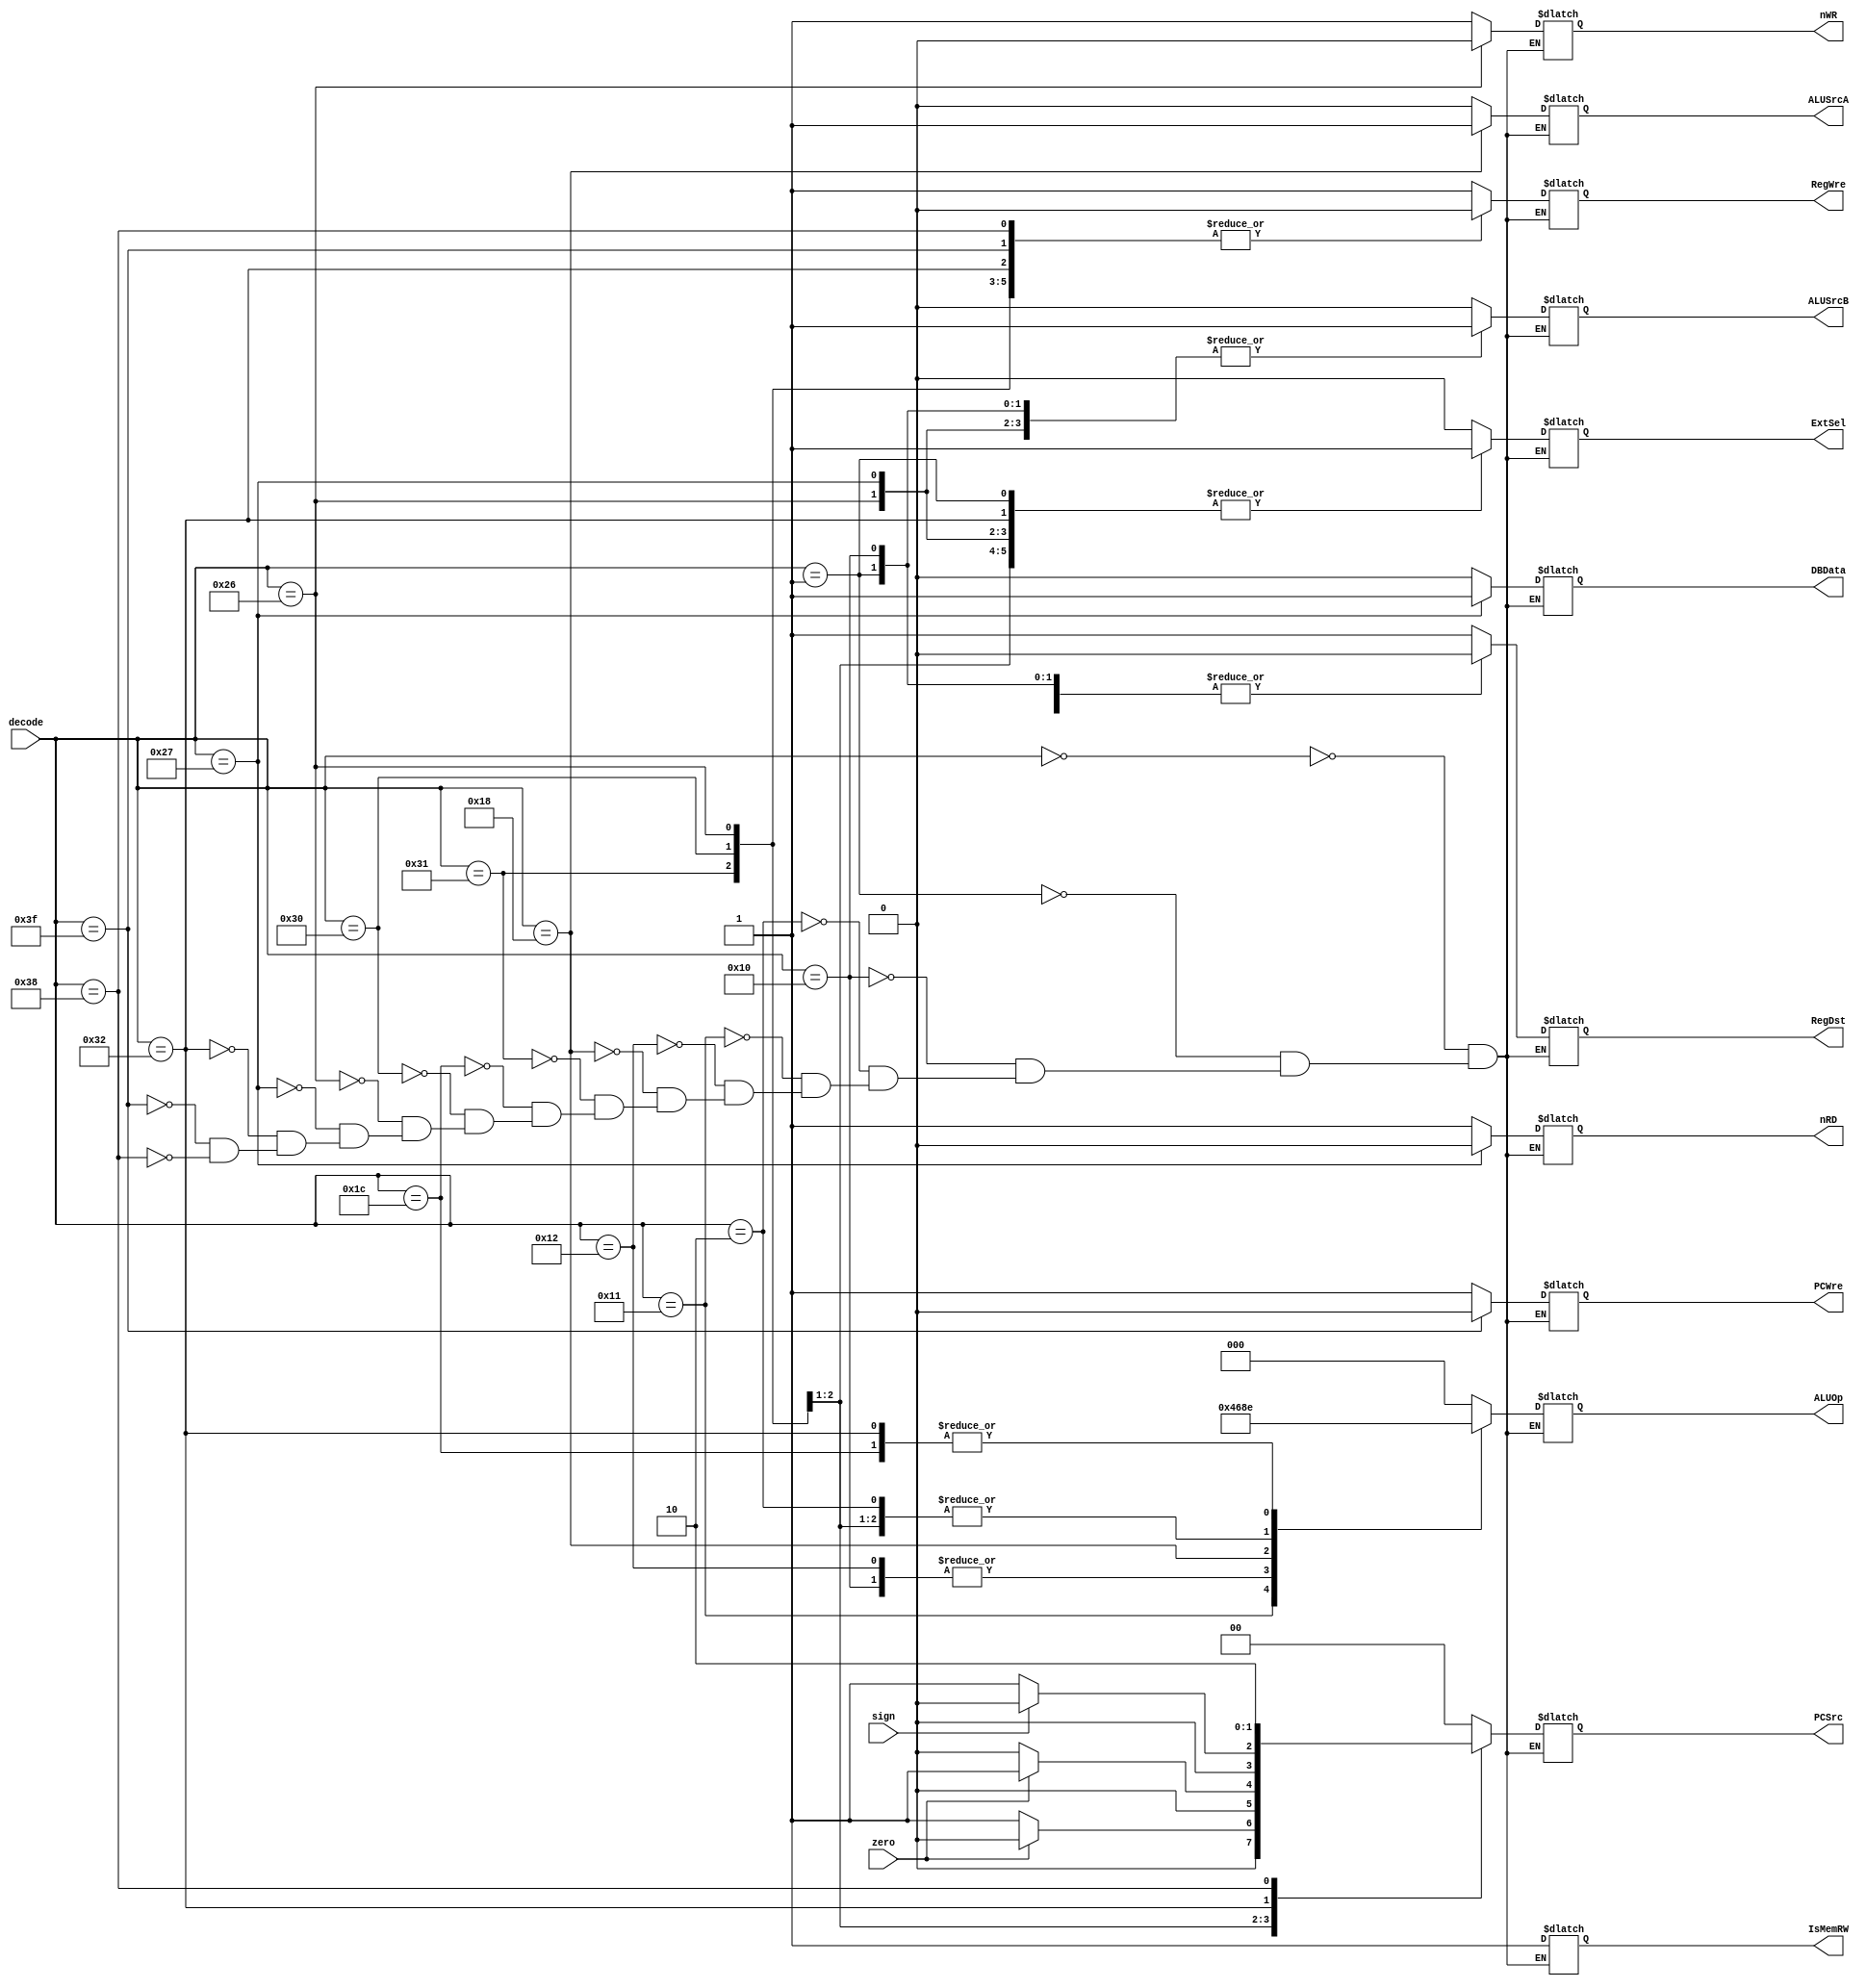
`timescale 1ns / 1ps
//////////////////////////////////////////////////////////////////////////////////
// Company: 
// Engineer: 
// 
// Design Name: 
// Module Name: control_unit
// Project Name: 
// Target Devices: 
// Tool Versions: 
// Description: 
// 
// Dependencies: 
// 
// Revision:
// Revision 0.01 - File Created
// Additional Comments:
// 
//////////////////////////////////////////////////////////////////////////////////


module control_unit(decode, zero,sign ,PCWre,ALUSrcA,ALUSrcB,RegWre,RegDst,IsMemRW,ExtSel,ALUOp,PCSrc,nRD,nWR,DBData );
input [5:0] decode;
input zero;
input sign;
output reg PCWre;
output reg ALUSrcA;
output reg ALUSrcB;
output reg RegWre;
output reg RegDst;
output reg IsMemRW;
output reg ExtSel;
output reg [2:0] ALUOp;
output reg [1:0] PCSrc;
output reg nRD;
output reg nWR;
output reg DBData;

  initial   begin
        PCWre = 1;
        IsMemRW = 1;
        RegDst = 1;
        ALUSrcA = 0;
        ALUSrcB = 0;
        RegWre = 0;
        ExtSel = 0;
        ALUOp = 'b000;
        PCSrc = 'b00;
        nRD = 0;
        nWR = 0;
        DBData = 0;
  end

always@(decode or zero or sign) begin // bugzero
       case( decode ) 
        6'b000000:
        begin   //
          PCWre = 1;
          ALUSrcA = 0;
          ALUSrcB = 0;
          RegWre = 1;
          RegDst = 1;
          IsMemRW = 1;
          ExtSel = 0;
          ALUOp = 000;
          PCSrc = 00;
          nRD = 1;
          nWR = 1;
          DBData = 0;
        end
        6'b000001:
        begin   //
          PCWre = 1;
          ALUSrcA = 0;
          ALUSrcB = 1;
          RegWre = 1;
          RegDst = 0;
          IsMemRW = 1;
          ExtSel = 1;
          ALUOp = 000;
          PCSrc = 00;
          nRD = 1;
          nWR = 1;
          DBData = 0;
        end
        6'b010000:
        begin   //
          PCWre = 1;
          ALUSrcA = 0;
          ALUSrcB = 1;
          RegWre = 1;
          RegDst = 0;
          IsMemRW = 1;
          ExtSel = 0;
          ALUOp = 011;
          PCSrc = 00;
          nRD = 1;
          nWR = 1;
          DBData = 0;
        end
        6'b000010:
        begin   //
          PCWre = 1;
          ALUSrcA = 0;
          ALUSrcB = 0;
          RegWre = 1;
          RegDst = 1;
          IsMemRW = 1;
          ExtSel = 0;
          ALUOp = 001;
          PCSrc = 00;
          nRD = 1;
          nWR = 1;
          DBData = 0;
        end
        6'b010001:
        begin   //
          PCWre = 1;
          ALUSrcA = 0;
          ALUSrcB = 0;
          RegWre = 1;
          RegDst = 1;
          IsMemRW = 1;
          ExtSel = 0;
          ALUOp = 100;
          PCSrc = 00;
          nRD = 1;
          nWR = 1;
          DBData = 0;
        end
        6'b010010:
        begin   //
          PCWre = 1;
          ALUSrcA = 0;
          ALUSrcB = 0;
          RegWre = 1;
          RegDst = 1;
          IsMemRW = 1;
          ExtSel = 0;
          ALUOp = 011;
          PCSrc = 00;
          nRD = 1;
          nWR = 1;
          DBData = 0;
        end
        6'b011000:
        begin   //
          PCWre = 1;
          ALUSrcA = 1;
          ALUSrcB = 0;
          RegWre = 1;
          RegDst = 1;
          IsMemRW = 1;
          ExtSel = 0;
          ALUOp = 010;
          PCSrc = 00;
          nRD = 1;
          nWR = 1;
          DBData = 0;
        end
        6'b110001:
        begin   //
          PCWre = 1;
          ALUSrcA = 0;
          ALUSrcB = 0;
          RegWre = 0;
          RegDst = 0;
          IsMemRW = 1;
          ExtSel = 1;
          ALUOp = 001;
          if(zero == 0 )
              PCSrc = 01;
          else
              PCSrc = 00;
          nRD = 1;
          nWR = 1;
          DBData = 0;
        end
        6'b011100:
        begin   //
          PCWre = 1;
          ALUSrcA = 0;
          ALUSrcB = 0;
          RegWre = 1;
          RegDst = 1;
          IsMemRW = 1;
          ExtSel = 0;
          ALUOp = 110;
          PCSrc = 00;
          nRD = 1;
          nWR = 1;
          DBData = 0;
        end
        6'b110000:
        begin   //
          PCWre = 1;
          ALUSrcA = 0;
          ALUSrcB = 0;
          RegWre = 0;
          RegDst = 0;
          IsMemRW = 1;
          ExtSel = 1;
          ALUOp = 001;
          if(zero == 1)
               PCSrc = 01;
          else
               PCSrc = 00;
          nRD = 1;
          nWR = 1;
          DBData = 0;
        end
        6'b100110:
        begin   //
          PCWre = 1;
          ALUSrcA = 0;
          ALUSrcB = 1;
          RegWre = 0;
          RegDst = 0;
          IsMemRW = 1;
          ExtSel = 1;
          ALUOp = 000;
          PCSrc = 00;
          nRD = 1;
          nWR = 0;
          DBData = 0;
        end
        6'b100111:
        begin
          PCWre = 1;
          ALUSrcA = 0;
          ALUSrcB = 1;
          RegWre = 1;
          RegDst = 0;
          IsMemRW = 1;
          ExtSel = 1;
          ALUOp = 000;
          PCSrc = 00;
          nRD = 0;
          nWR = 1;
          DBData = 1;        
        end
        6'b110010:
        begin
          PCWre = 1;
          ALUSrcA = 0;
          ALUSrcB = 0;
          RegWre = 0;
          RegDst = 0;
          IsMemRW = 1;
          ExtSel = 1;
          ALUOp = 110;
          if(sign == 0)
             PCSrc = 01;
          else
             PCSrc = 00;
          nRD = 1;
          nWR = 1;
          DBData = 0;        
        end
        6'b111111:
        begin
          PCWre = 0;
          ALUSrcA = 0;
          ALUSrcB = 0;
          RegWre = 0;
          RegDst = 0;
          IsMemRW = 1;
          ExtSel = 0;
          ALUOp = 000;
          PCSrc = 00;
          nRD = 1;
          nWR = 1;
          DBData = 0;
        end
        6'b111000:
        begin
          PCWre = 1;
          ALUSrcA = 0;
          ALUSrcB = 0;
          RegWre = 0;
          RegDst = 0;
          IsMemRW = 1;
          ExtSel = 0;
          ALUOp = 000;
          PCSrc = 10;
          nRD = 1;
          nWR = 1;
          DBData = 0;
        end
    endcase
  end
endmodule